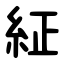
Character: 䋊